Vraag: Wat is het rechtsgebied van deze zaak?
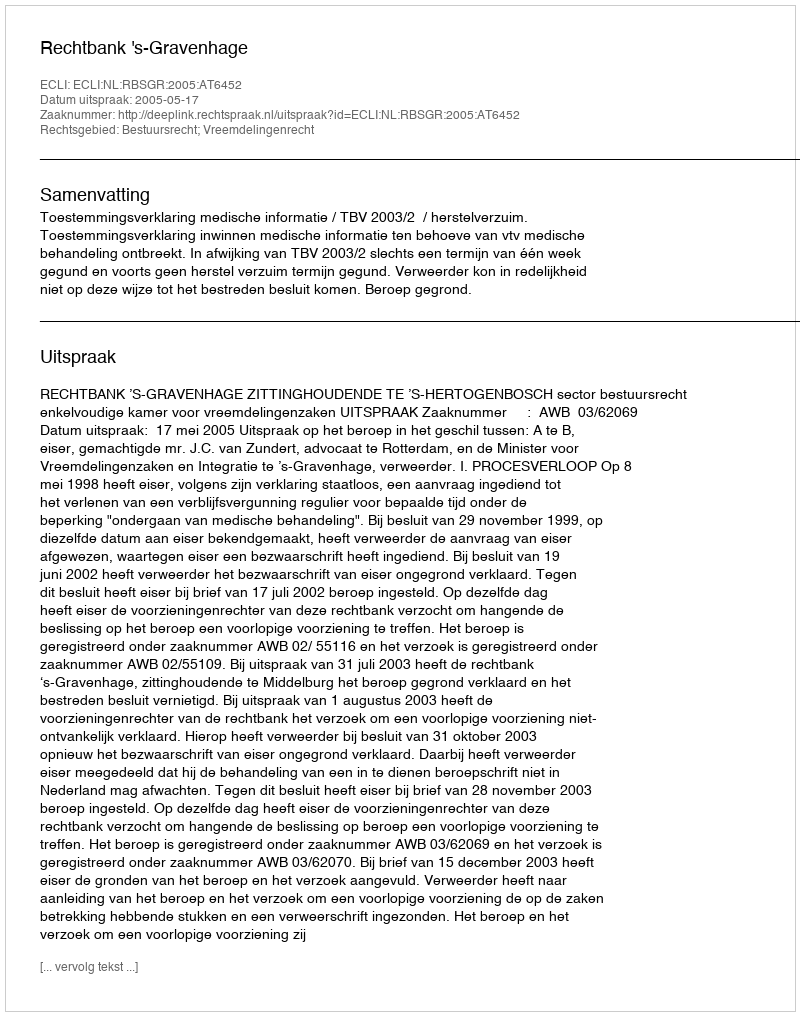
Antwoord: Bestuursrecht; Vreemdelingenrecht